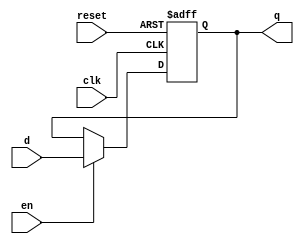
`timescale 1ns / 1ps
//////////////////////////////////////////////////////////////////////////////////
// Company: 
// Engineer: 
// 
// Design Name: 
// Module Name: flopenr
// Project Name: 
// Target Devices: 
// Tool Versions: 
// Description: 
// 
// Dependencies: 
// 
// Revision:
// Revision 0.01 - File Created
// Additional Comments:
// 
//////////////////////////////////////////////////////////////////////////////////


module flopenr #(parameter WIDTH=8) (
    input clk, reset,
    input en, 
    input [WIDTH-1:0] d, 
    output reg [WIDTH-1:0] q
);
    always @(posedge clk or posedge reset) 
        if(reset) q<=0; 
        else if(en) q<=d; 
    
endmodule